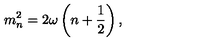
m _ { n } ^ { 2 } = 2 \omega \left( n + \frac { 1 } { 2 } \right) ,